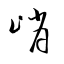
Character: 峭